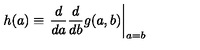
h ( a ) \equiv \left. { \frac { d } { d a } } { \frac { d } { d b } } g ( a , b ) \right| _ { a = b }